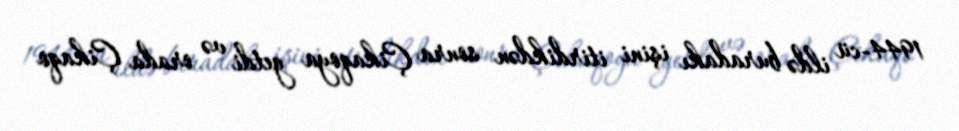
1944-cü ildə buradakı işini itirdikdən sonra Çikaqoya getdi və orada Çikaqo